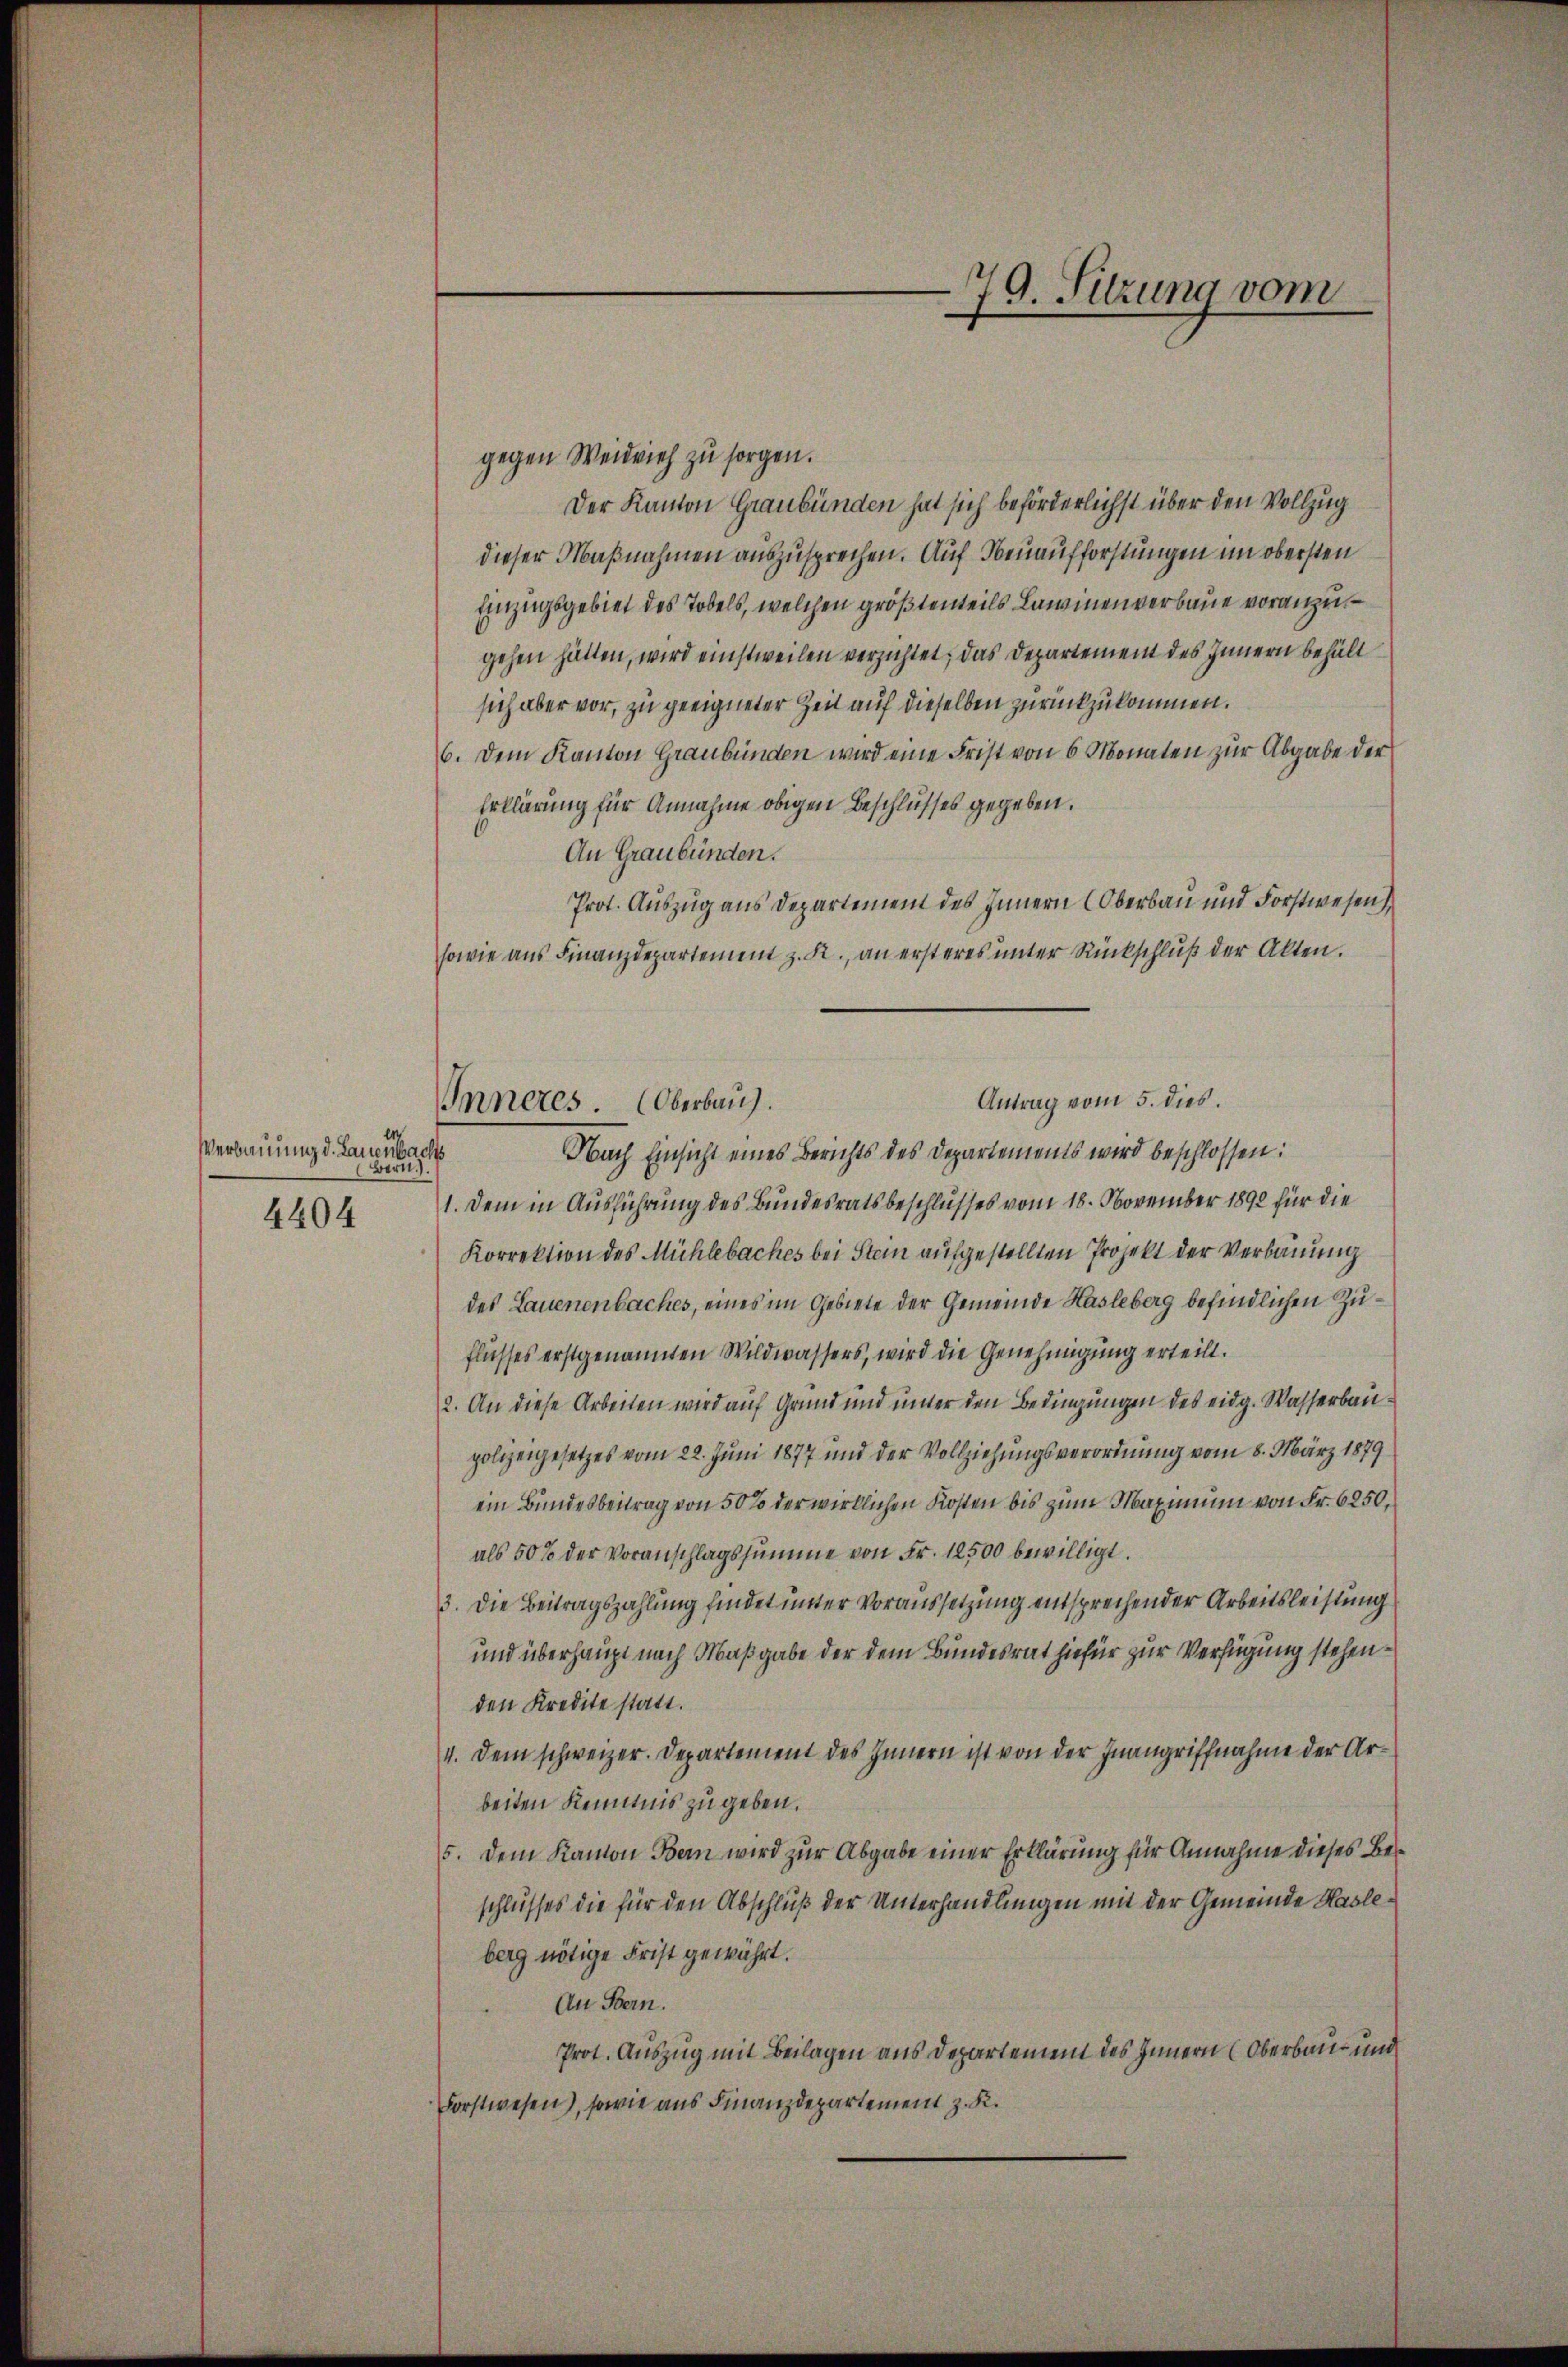
Verbauung d. Lanenbachs
Bern.
4404

Inneres. Oberbau

79. Sitzung vom

gegen Weidvieh zu sorgen.
Der Kanton Graubünden hat sich beförderlichst über den Vollzug
dieser Maßnahmen auszusprechen. Auf Neuaufforstungen im obersten
Einzugsgebiet des Tobels, welchen größtenteils Lawinenverbaue voranzugehen hätten, wird einstweilen verzichtet, das Departement des Innern behält
sich aber vor, zu geeigneter Zeit auf dieselben zurückzukommen.
6. Dem Kanton Graubünden wird eine Frist von 6 Monaten zur Abgabe der
Erklärung für Annahme obigen Beschlusses gegeben.
An Graubünden.
Prot. Auszug aus Departement des Innern Oberbau und Forstwesen
sowie aus Finanzdepartement z. R., an ersteres unter Rückschluß der Akten.
Obach Einsicht eines Berichts des Departements wird beschlossen:
1. Dem in Ausführung des Bundesratsbeschlusses vom 18. November 1890 für die
Korrektion des Mühlebaches bei Stein aufgestellten Projekt der Verbauung
des Lauenenbaches, eines im Gebiete der Gemeinde Hasleberg befindlichen Zuflusses erstgenannten Wildwassers, wird die Genehmigung erteilt.
2. An diese Arbeiten wird auf Grund und unter den Bedingungen des eidg. Wasserbaupolizeigesetzes vom 22. Juni 1877 und der Vollziehungsverordnung vom 8. März 1879
ein Bundesbeitrag von 50 % der wirklichen Kosten bis zum Maximum von Fr. 6250,
als 50% der Voranschlagssumme von Fr. 12500 bewilligt.
3. Die Beitragszahlung findet unter Voraussetzung entsprechender Arbeitsleistung
und überhaupt nach Maßgabe der dem Bundesrat hiefür zur Verfügung stehenden Kredite statt.
4. Dem schweizer. Departement des Innern ist von der Inangriffnahme der Arbeiten Kennnis zu geben.
5. Dem Kanton Bern wird zur Abgabe einer Erklärung für Annahme dieses Besschlusses die für den Abschluß der Unterhandlungen mit der Gemeinde Hasleberg nötige Frist gewährt.
An Bern.
Prot. Auszug mit Beilagen aus Departement des Innern (Oberbau- und
Forstwesen), sowie aus Finanzdepartement z. K.

Antrag vom 5. dies.